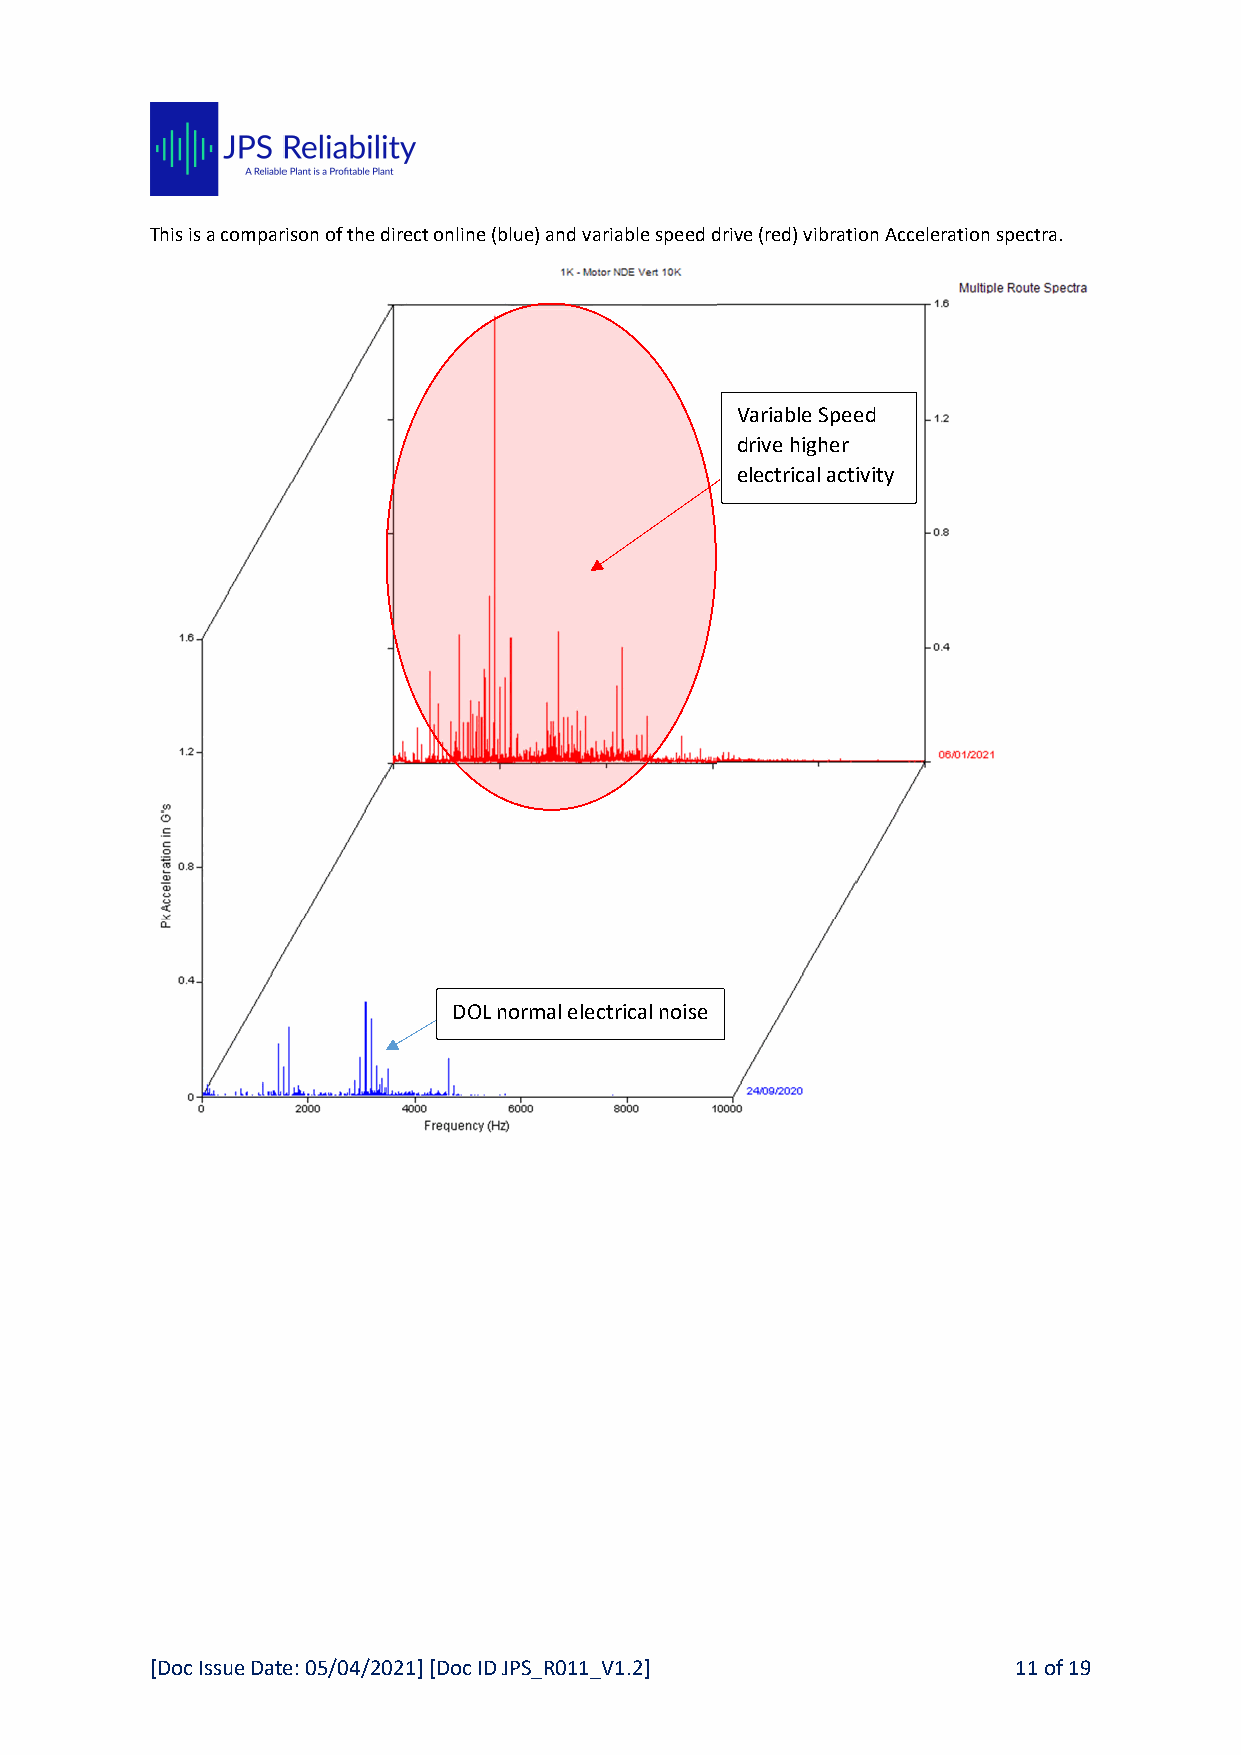
This is a comparison of the direct online (blue) and variable speed drive (red) vibration Acceleration spectra.
 Variable Speed
 drive higher
 electrical activity
 DOL normal electrical noise
 [Doc Issue Date: 05/04/2021] [Doc ID JPS_R011_V1.2]      11 of 19